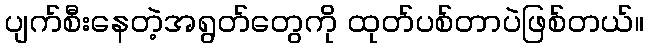
ပျက်စီးနေတဲ့အရွတ်တွေကို ထုတ်ပစ်တာပဲဖြစ်တယ်။